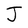
Character: J